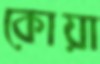
কোয়া